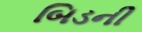
બિડની